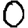
Digit: 0